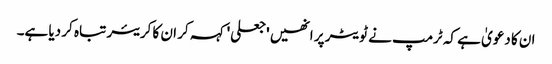
ان کا دعویٰ ہے کہ ٹرمپ نے ٹویٹر پر انھیں 'جعلی' کہہ کر ان کا کریئر تباہ کر دیا ہے۔